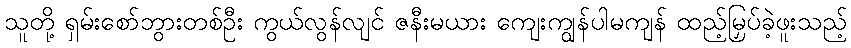
သူတို့ ရှမ်းစော်ဘွားတစ်ဦး ကွယ်လွန်လျင် ဇနီးမယား ကျေးကျွန်ပါမကျန် ထည့်မြှပ်ခဲ့ဖူးသည့်